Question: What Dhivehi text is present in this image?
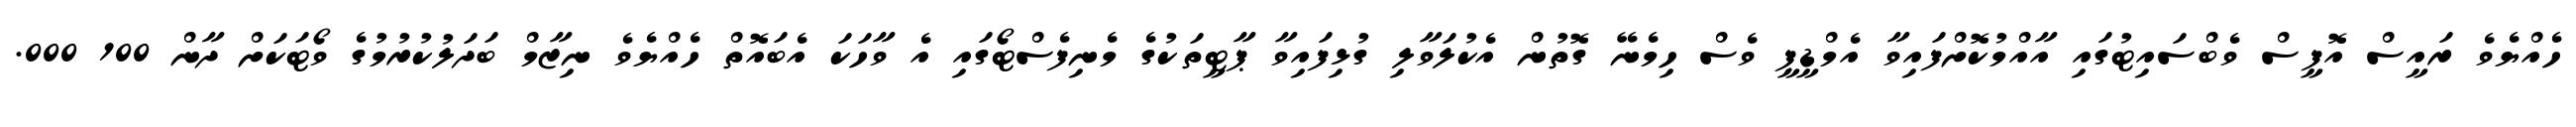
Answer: ހެއްޔެވެ ރައީސް އޮފީސް ވެބްސައިޓުގައި އާއްމުކޮށްފައިވާ އެމްޑީޕީ ވެސް ހިމެނޭ ގޮތުން އެކުލަވާލި ގުޅިފައިވާ ޕާޓީތަކުގެ މެނިފެސްޓޯގައި އެ ވާހަކަ އެބައޮތް ހެއްޔެވެ ނިޒާމް ބަދަލުކުރުމުގެ ވޯޓަކަށް ދާން 100 000.